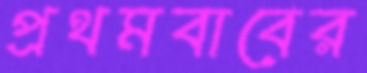
প্রথমবাবের